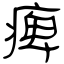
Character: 痺